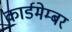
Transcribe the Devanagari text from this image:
कार्डमेम्बर